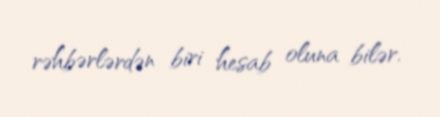
rəhbərlərdən biri hesab oluna bilər.